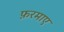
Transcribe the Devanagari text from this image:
फ़रमाए